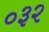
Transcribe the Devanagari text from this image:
०३२